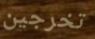
تخرجين